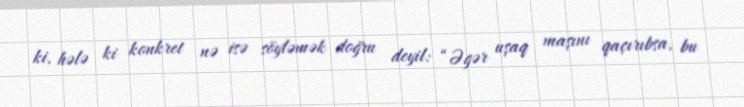
ki, hələ ki konkret nə isə söyləmək doğru deyil: “Əgər uşaq maşını qaçırıbsa, bu